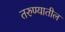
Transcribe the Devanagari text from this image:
तरुण्यातील